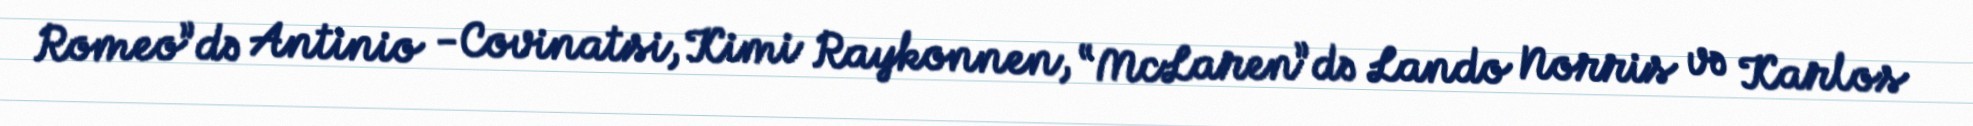
Romeo”də Antinio -Covinatsi, Kimi Raykonnen, “McLaren”də Lando Norris və Karlos